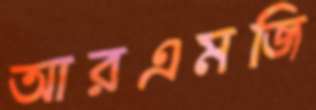
আরএমজি